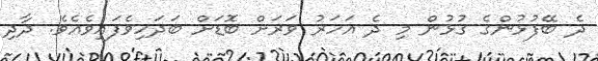
ދެ ބޭފުޅުންގެ ގުޅުން މި ދެ އަހަރު ވަރަށް ބޮޑަށް ބަދަހިވެފައިވެއެވެ. ދާދި